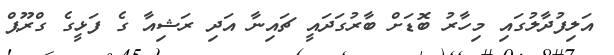
އަލިފުދާލުގައި މިހާރު ބޮޑަށް ބާރުގަދައީ ޗައިނާ އަދި ރަޝިއާ ގެ ފަޅީގެ ގްރޫޕް